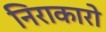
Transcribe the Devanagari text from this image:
निराकारो